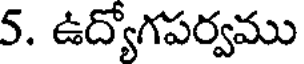
5. ఉద్యోగపర్వము